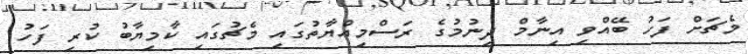
މެޗަށް ފަހު ބޭއްވި އިނާމް ދިނުމުގެ ރަސްމިއްޔާތުގައި މެޗުގައި ކާމިޔާބު ކުރި ފަހު